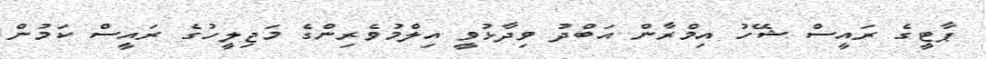
ޕާޓީގެ ރައީސް ޝޭހު އިމްރާން އަބްދު ވިދާޅުވީ އިލްމުވެރިންގެ މަޖިލީހުގެ ރައީސް ކަމުން